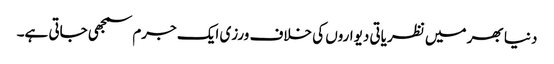
دنیا بھر میں نظریاتی دیواروں کی خلاف ورزی ایک جرم سمجھی جاتی ہے۔